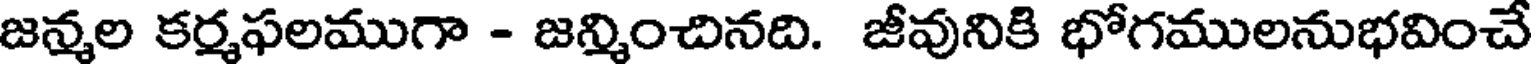
జన్మల కర్మఫలముగా - జన్మించినది. జీవునికి భోగములనుభవించే